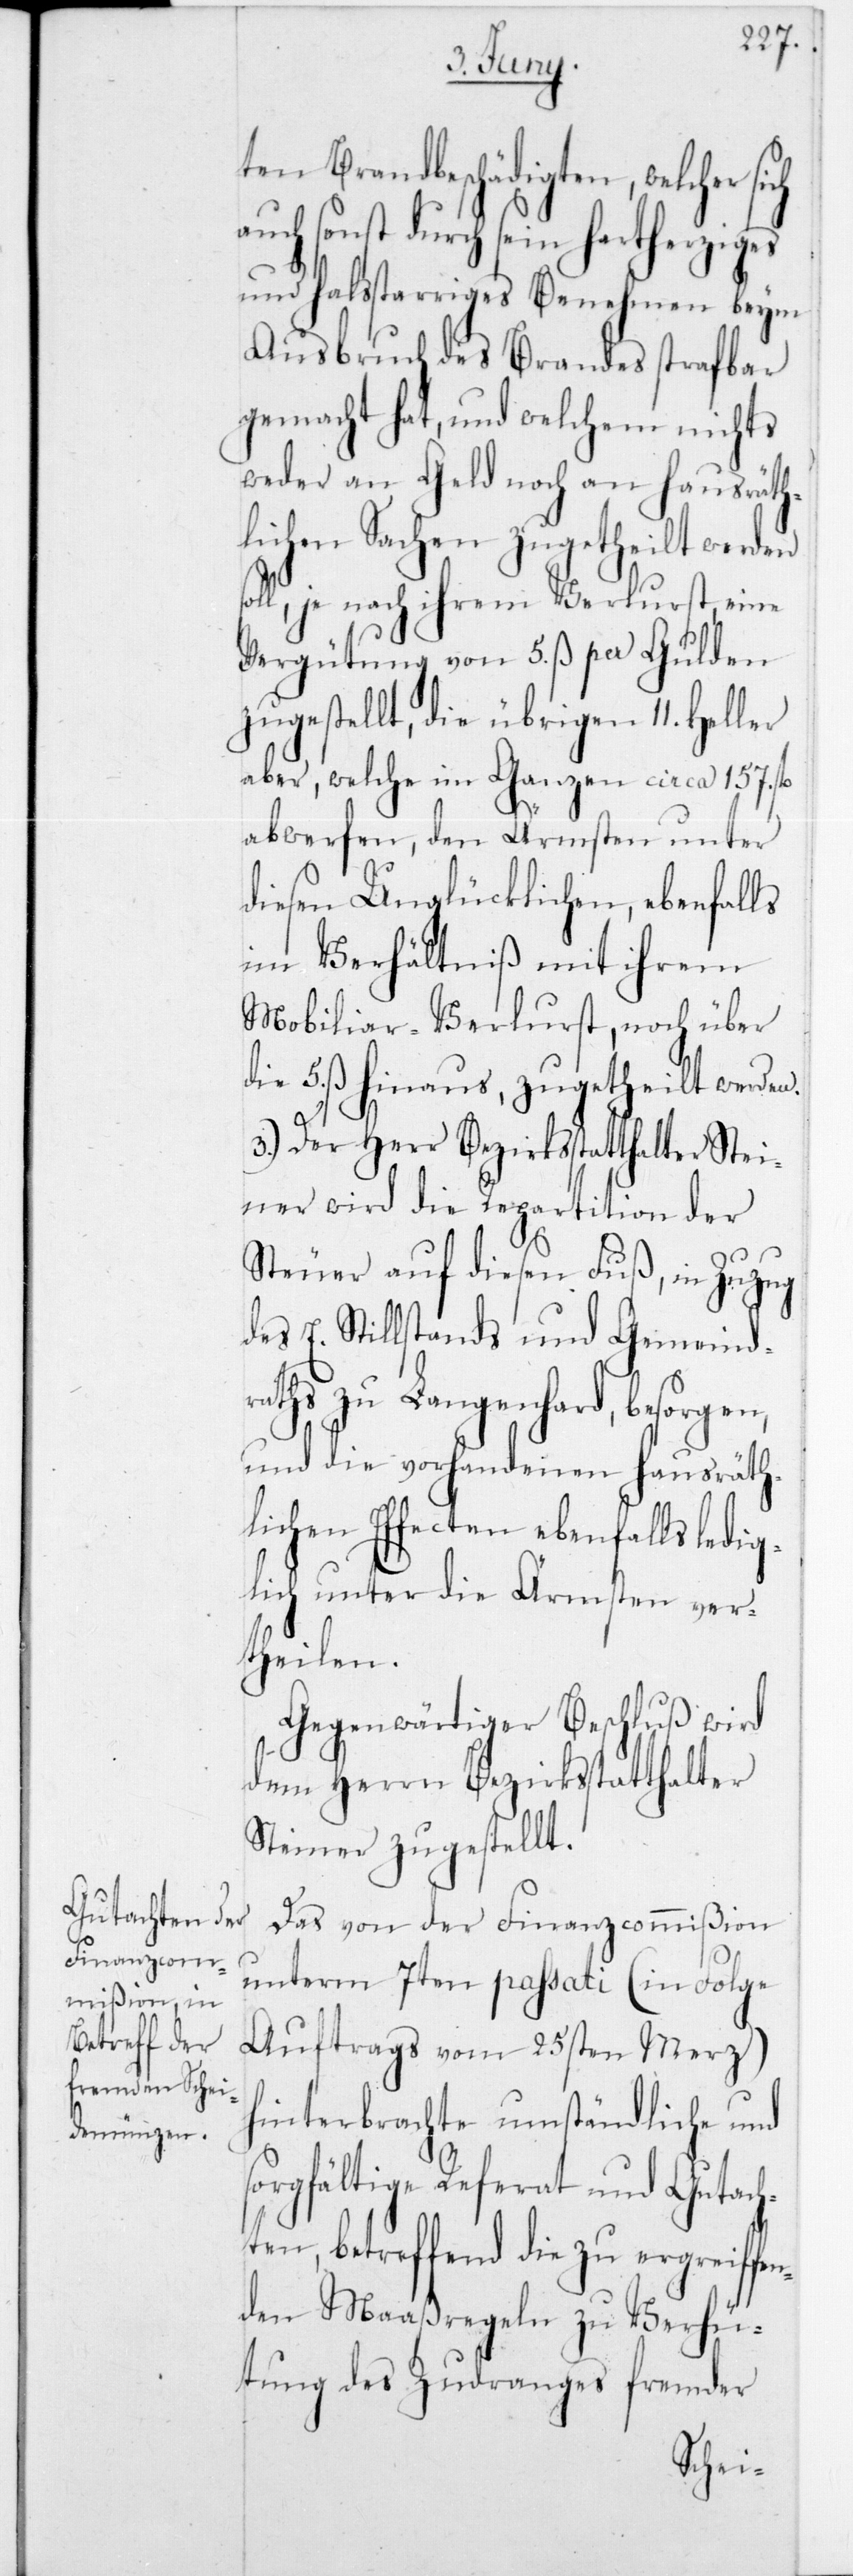
ten Brandbeschädigten, welcher
auch sonst durch sein hartherziges
und halsstarriges Benehmen beim
Ausbruch des Brandes strafbar
gemacht hat, und welchem nichts
weder an Geld noch an hausräth¬
lichen Sachen zugetheilt werden
soll, je nach ihrem Verlust eine
Vergütung von 5 ß per Gulden
zugestellt, die übrigen 11 Heller
aber, welche im Ganzen circa 157 fl.
abwerfen, den Ärmsten unter
diesen Unglücklichen, ebenfalls
im Verhältniß mit ihrem
Mobiliar-Verlust, noch über
die 5 ß hinaus, zugetheilt werden.
3.) Der Herr Bezirksstatthalter Stei¬
ner wird die Repartition der
Steuer auf diesen Fuß, in Zuzug
des E. Stillstands und Gemeindr¬
aths zu Langenhard, besorgen,
und die vorhandenen Hausräth¬
lichen Effecten ebenfalls ledig¬
lich unter die Ärmsten ver¬
theilen.
Gegenwärtiger Beschluß wird
dem Herrn Bezirksstatthalter
Steiner zugestellt.
Das von der Finanzcommißion
unterm 7ten passati (in Folge
Auftrags vom 25sten Merz)
hinterbrachte umständliche und
sorgfältige Referat und Gutach¬
ten, betreffend die zu ergreiffen¬
den Maaßregeln zu Verhü¬
tung des Zudranges fremder